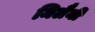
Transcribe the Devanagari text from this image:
मिलैनी